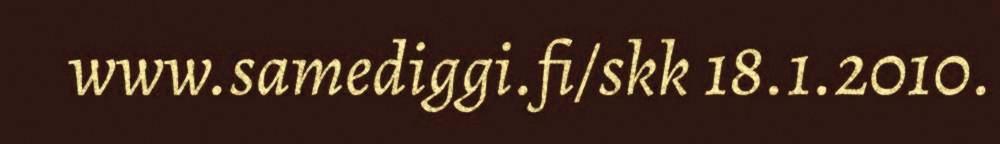
www.samediggi.fi/skk 18.1.2010.